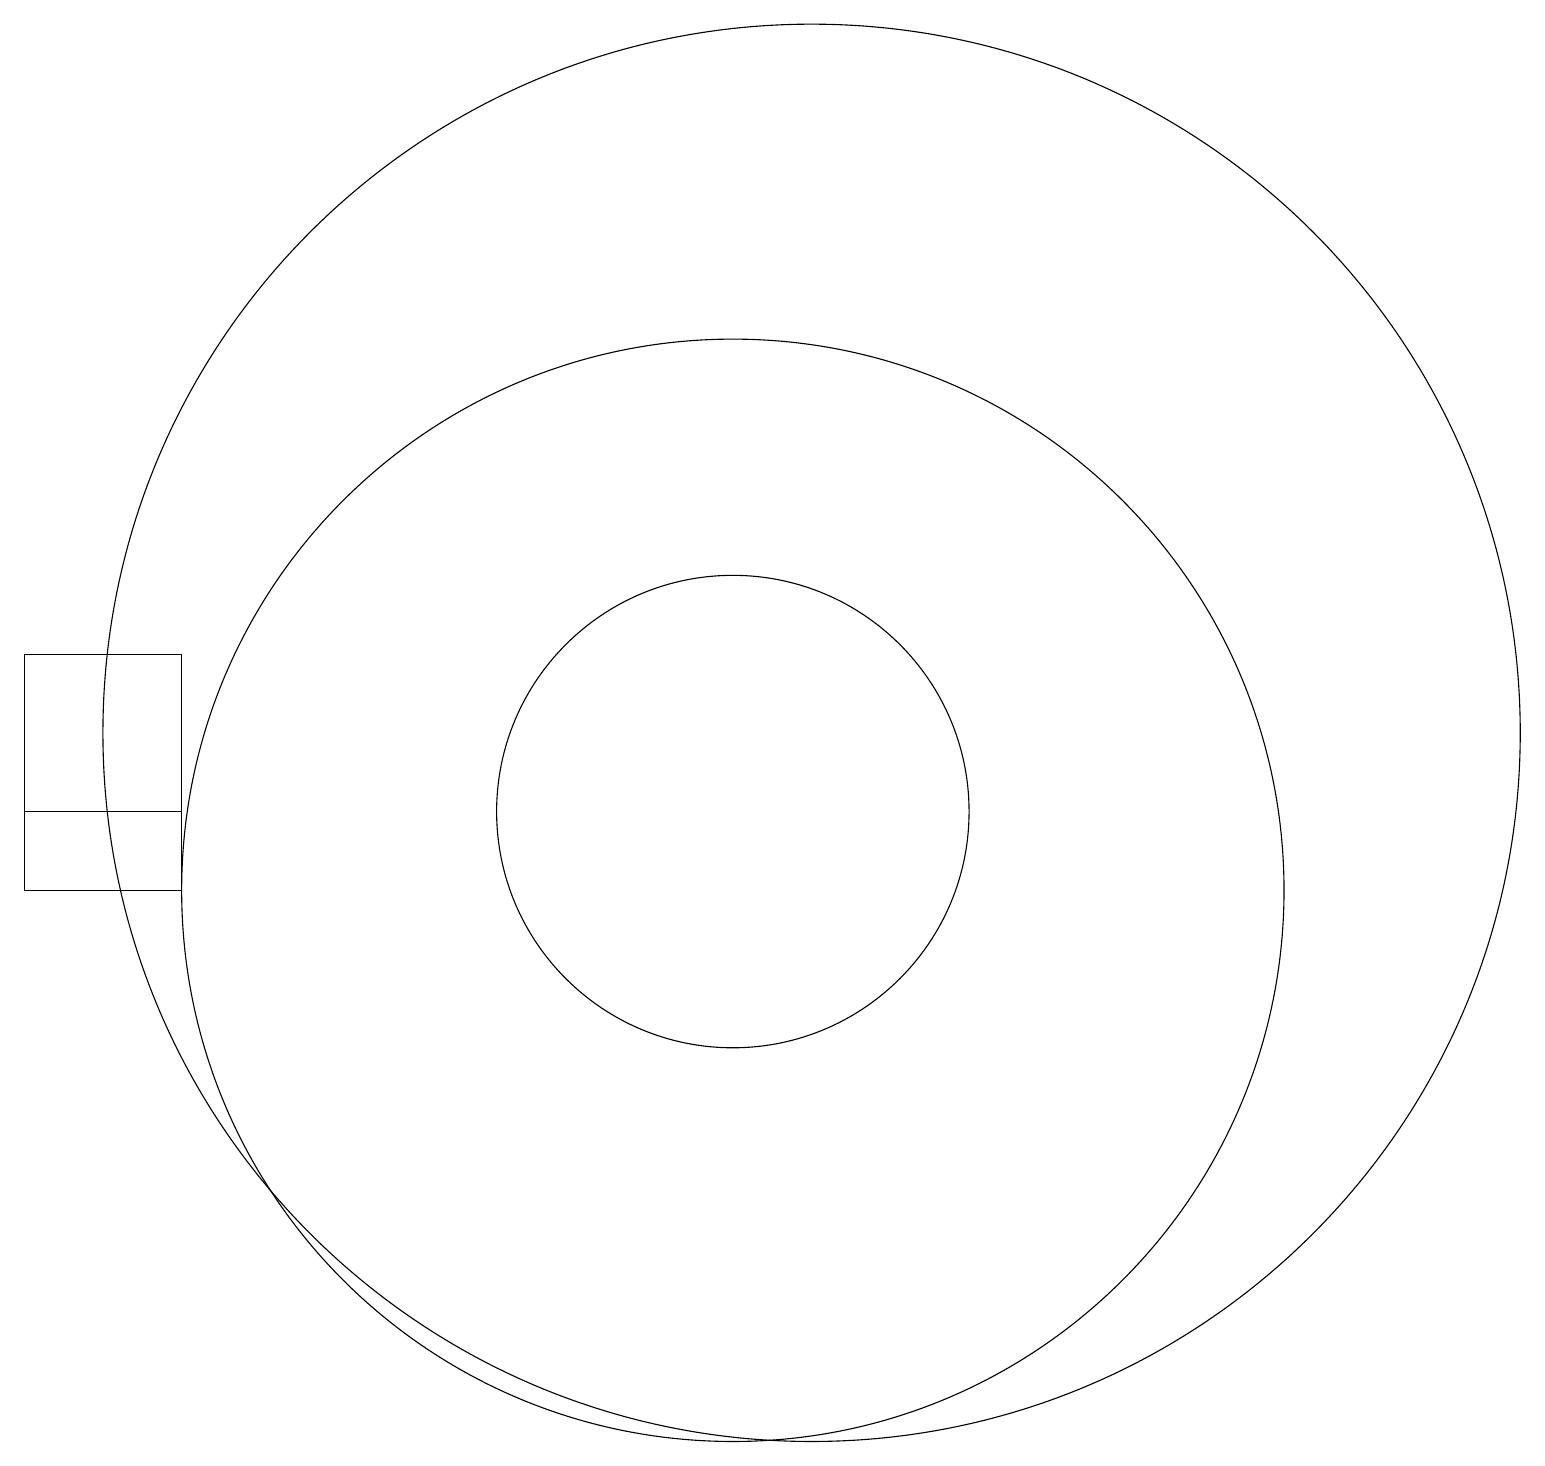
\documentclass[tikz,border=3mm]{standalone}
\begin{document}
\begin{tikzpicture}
\draw (10,10) circle (7);
\draw (11,12) circle (9);
\draw (10,11) circle (3);
\draw (3,10) rectangle (1,13);
\draw (3,11) rectangle (1,13);
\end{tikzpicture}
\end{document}